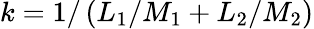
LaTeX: k=1/\left(L_{1}/M_{1}+L_{2}/M_{2}\right)